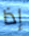
إذا